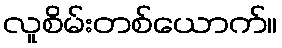
လူစိမ်းတစ်ယောက်။